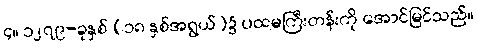
၄။ ၁၂၇၉-ခုနှစ် (၁၈ နှစ်အရွယ်)၌ ပထမကြီးတန်းကို အောင်မြင်သည်။